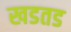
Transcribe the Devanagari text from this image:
खडतड